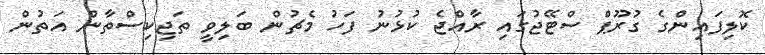
ކޮލިފައިންގެ ގުރޫޕް ސްޓޭޖުގައި ރާއްޖެ ކުޅުނު ފަހު މެޗުން ބަލިވީ ތަޖިކިސްތާން އަތުން